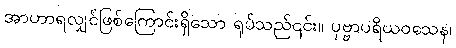
အာဟာရလျှင်ဖြစ်ကြောင်းရှိသော ရုပ်သည်၎င်း။ ပုဗ္ဗာပရိယဝသေန၊